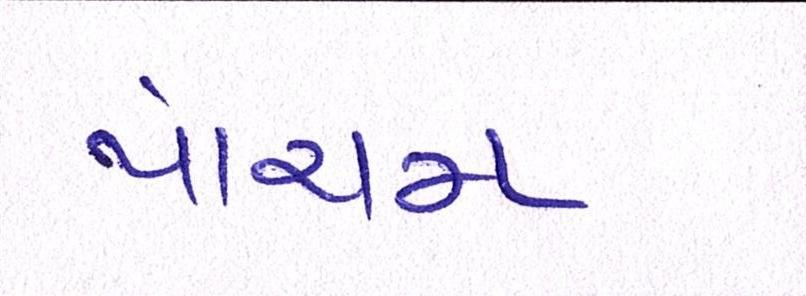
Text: પાંચમ